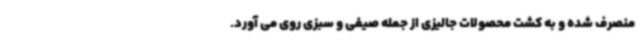
منصرف شده و به کشت محصولات جالیزی از جمله صیفی و سبزی روی می آورد.